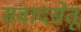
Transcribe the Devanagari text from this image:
संवादसेतू